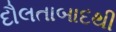
દૌલતાબાદથી